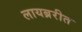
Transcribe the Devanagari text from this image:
लायब्ररीत